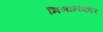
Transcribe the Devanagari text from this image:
मिश्रालंकार